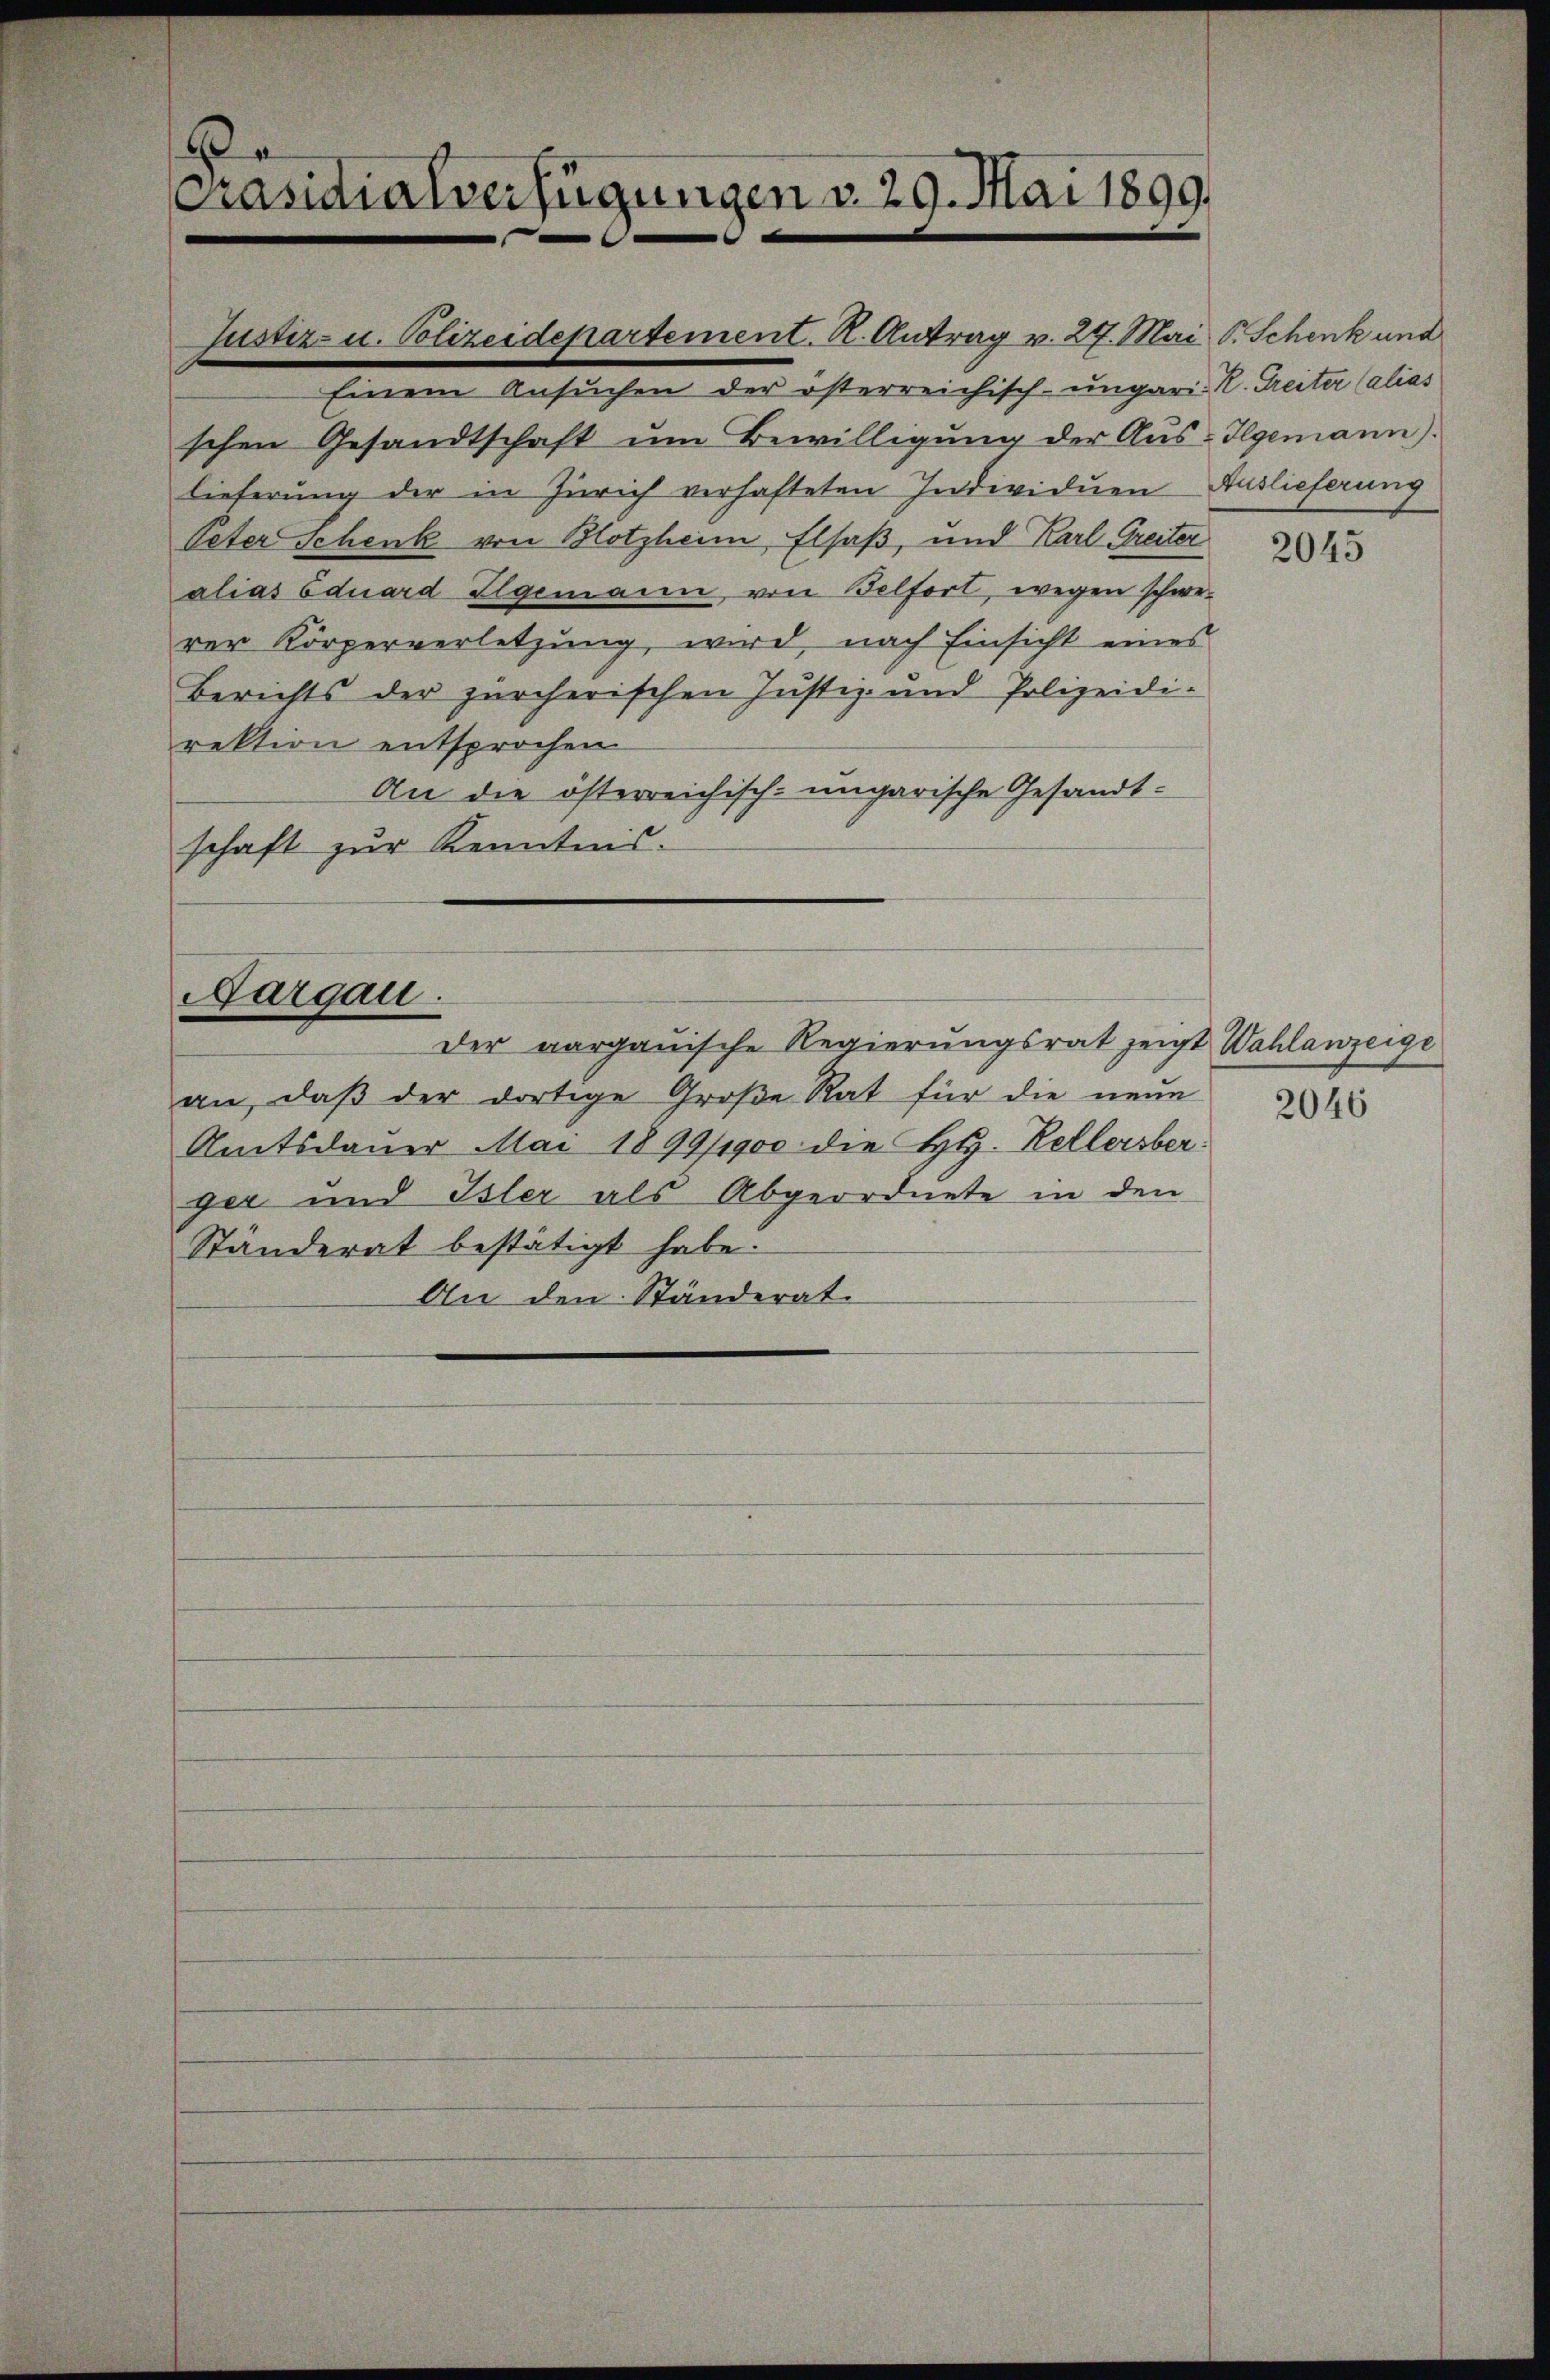
Justiz- u. Polizeidepartement. A. Antrag v. 27. Mai. P. Schenk und
Einem Ansuchen der österreichisch-ungari R. Treiter (alias
schen Gesandtschaft um Bewilligung der Aus-Igemann)
lieferung der in Zürich verhafteten Individuen Auslieferung
Peter Schenk von Blotzheim Elsaß, und Karl Greiter
alias Eduard gemann, von Belfort, wegen schwe-
rer Körperverletzung wird nach Einsicht eines
Berichts der zürcherischen Justiz- und Polizeidirektion entsprochen
An die österreichisch-ungarische Gesandt-
schaft zur Kenntnis.

Präsidialverfügungen v. 29. Mai 1899.

Aargau.

der aargauische Regierungsrat zeigt Wahlanzeige
an, daβ der dortige Große Rat für die neue
Amtsdauer Mai 1899/1900 die H. Kellersber
ger und Isler als Abgeordnete in den
Ständerat bestätigt habe.
An den Ständerat.

2045

2046